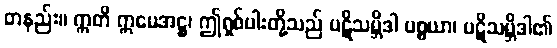
တနည်း။ ဣတိ ဣမေအဋ္ဌ၊ ဤရှစ်ပါးတို့သည် ပဋိသမ္ဘိဒါ ပစ္စယာ၊ ပဋိသမ္ဘိဒါ၏